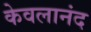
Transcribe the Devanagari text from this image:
केवलानंद